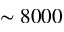
\sim 8 0 0 0